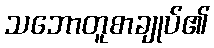
သဘောတူစာချုပ်၏